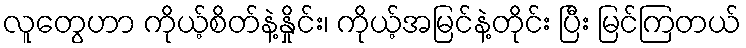
လူတွေဟာ ကိုယ့်စိတ်နဲ့နှိုင်း၊ ကိုယ့်အမြင်နဲ့တိုင်း ပြီး မြင်ကြတယ်